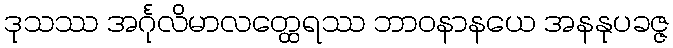
ဒုသဿ အင်္ဂုလိမာလတ္ထေရဿ ဘာဝနာနယေ အနနုပခဇ္ဇ